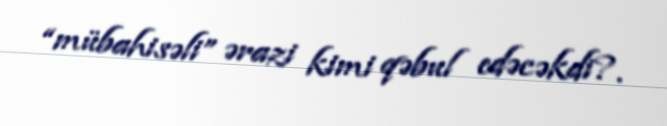
“mübahisəli” ərazi kimi qəbul edəcəkdi?.